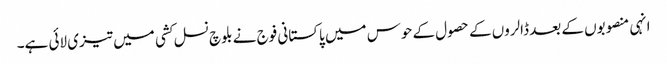
انہی منصوبوں کے بعد ڈالروں کے حصول کے حوس میں پاکستانی فوج نے بلوچ نسل کشی میں تیزی لائی ہے۔